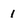
Character: I